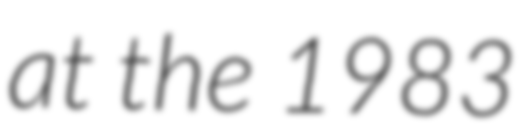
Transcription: at the 1983